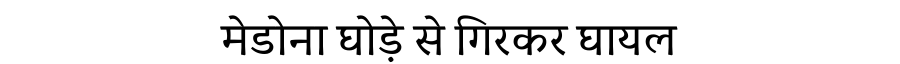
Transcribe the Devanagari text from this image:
मेडोना घोड़े से गिरकर घायल